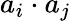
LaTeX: a_{i}\cdot a_{j}